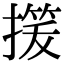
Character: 𢳓